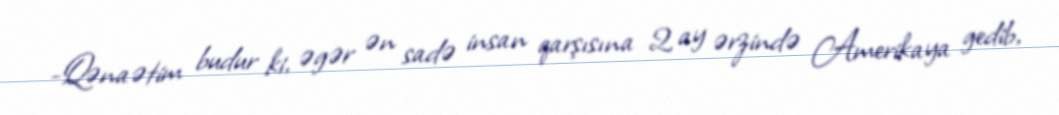
-Qənaətim budur ki, əgər ən sadə insan qarşısına 2 ay ərzində Amerikaya gedib,